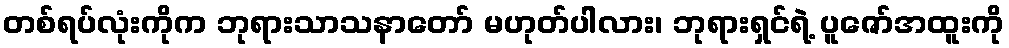
တစ်ရပ်လုံးကိုက ဘုရားသာသနာတော် မဟုတ်ပါလား၊ ဘုရားရှင်ရဲ့ ပူဇော်အထူးကို